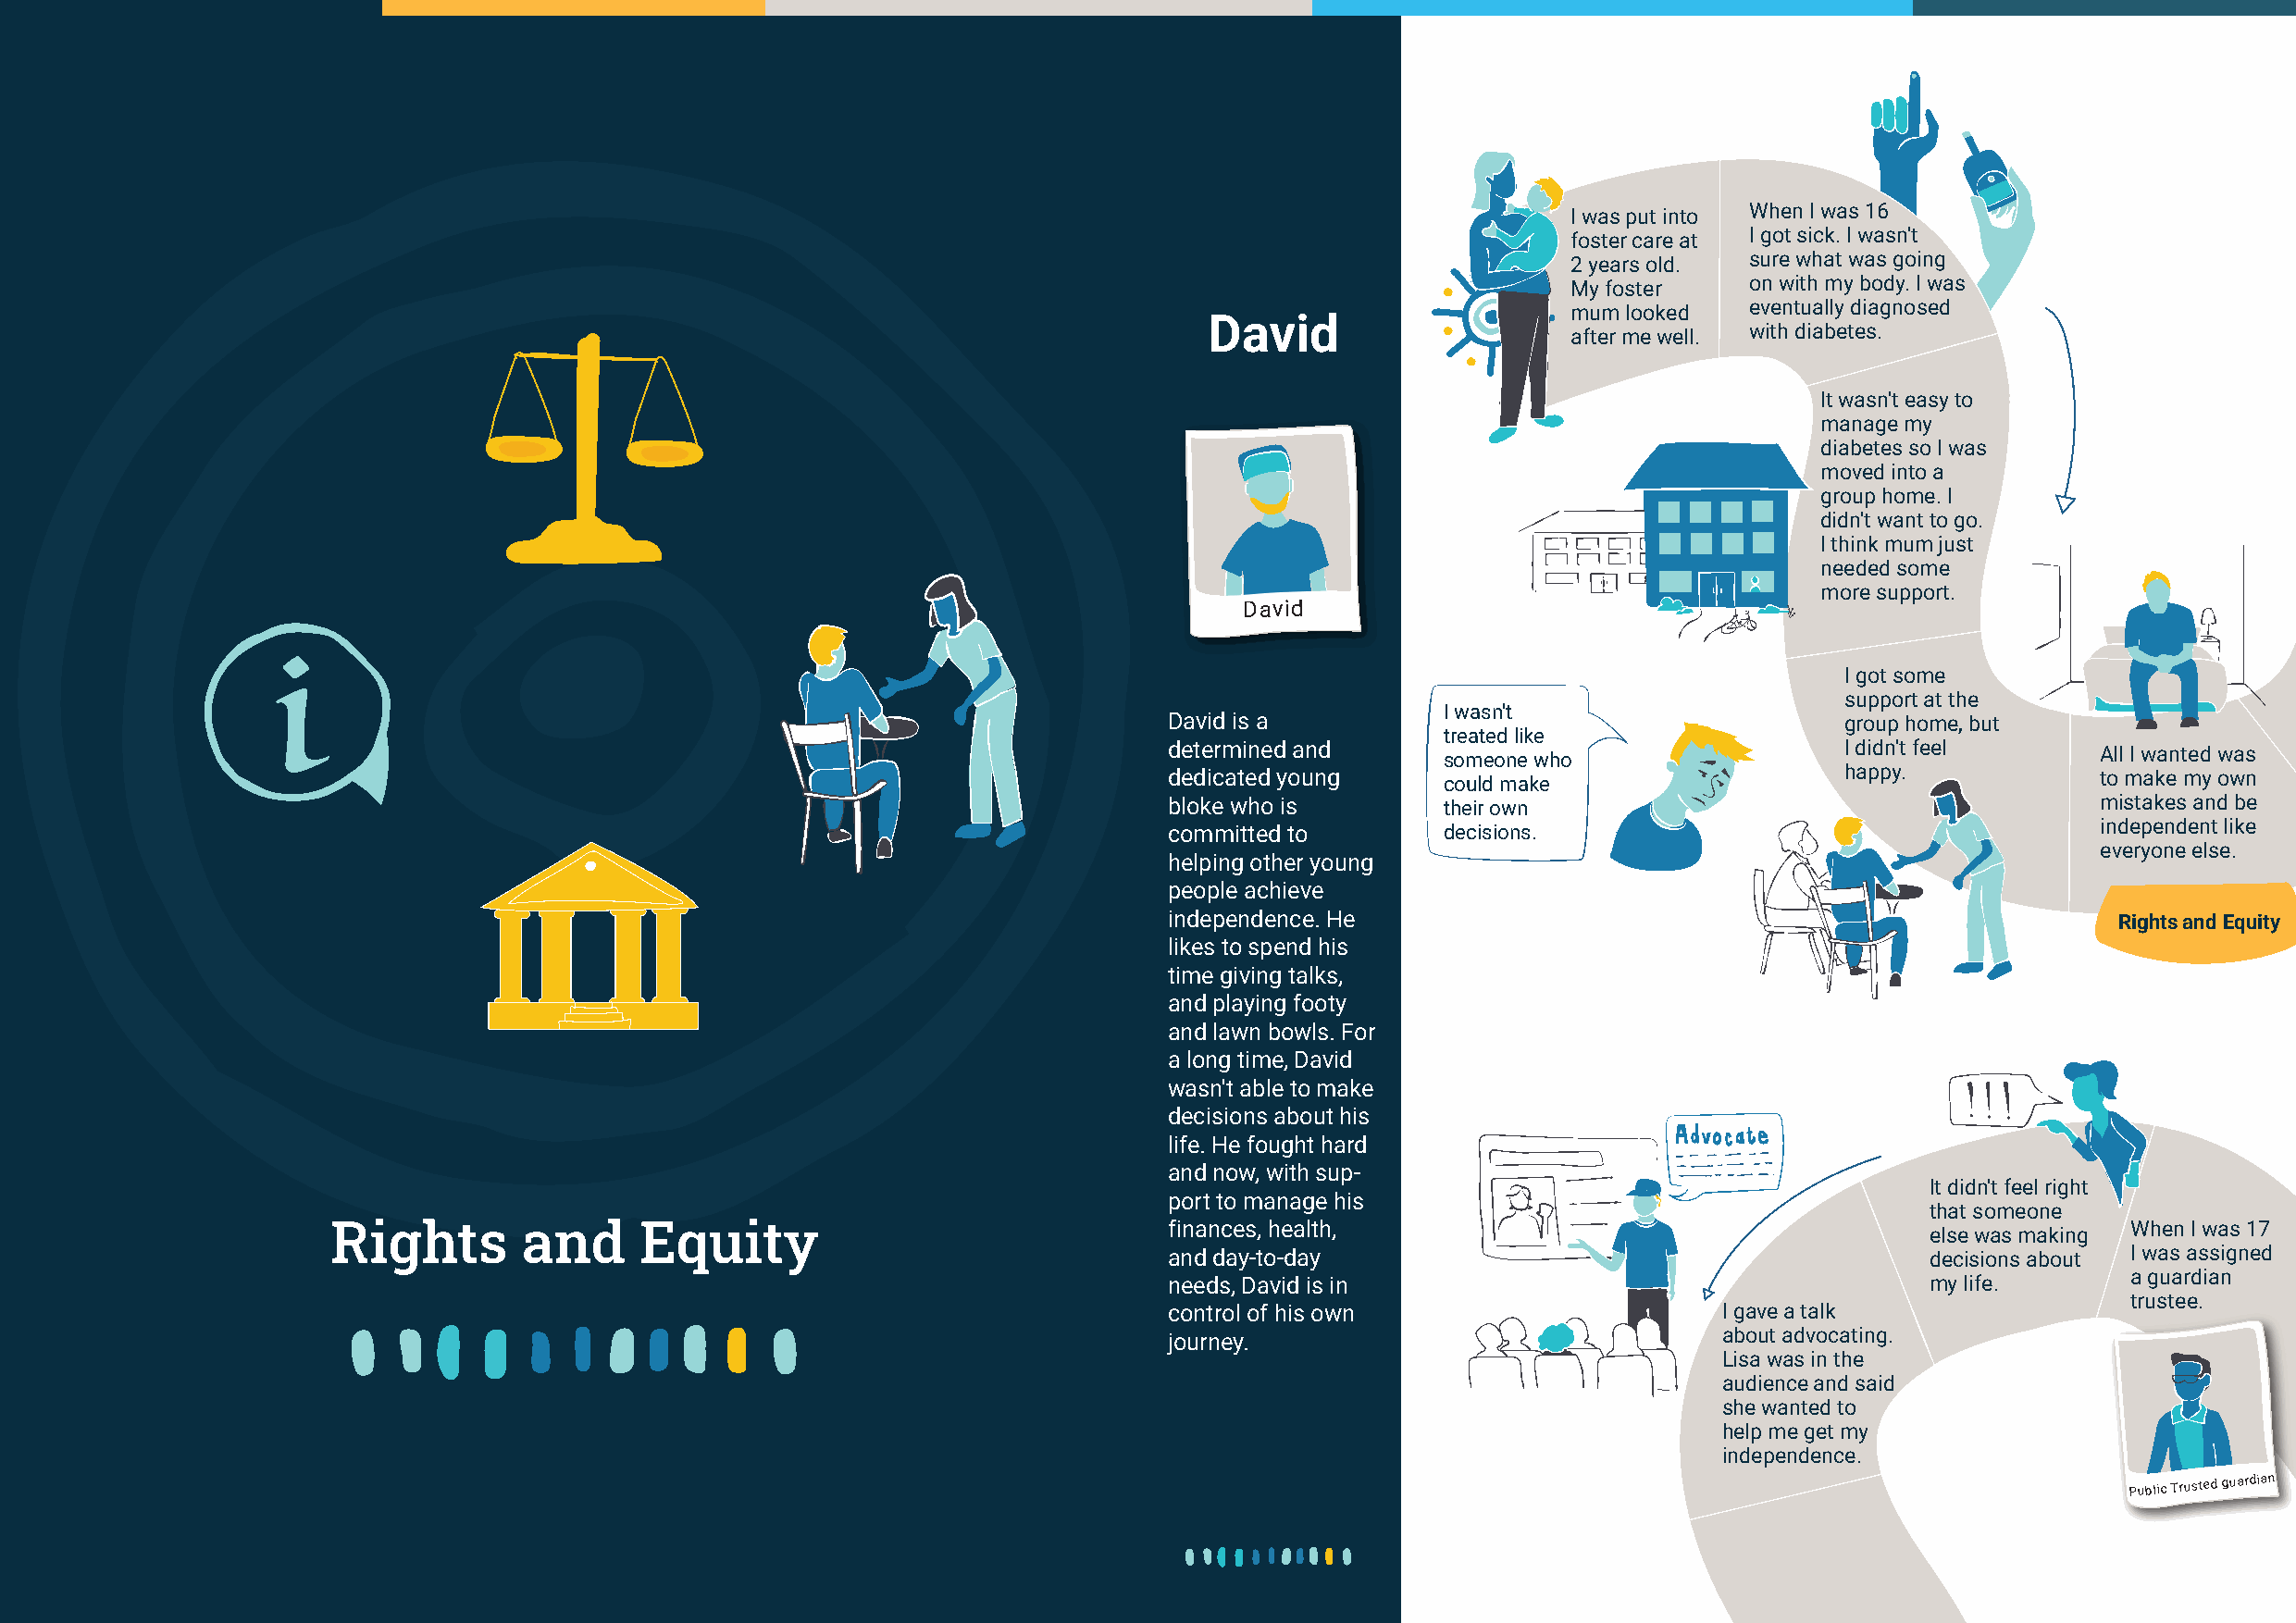
62                                                                                                                                                      63
 A Western Australia for Everyone | State Disability Strategy 2020 - 2030                                     A Western Australia for Everyone | State Disability Strategy 2020 - 2030
 I was put into When I was 16
 foster care at I got sick. I wasn't
 2 years old. sure what was going
 My foster    on with my body. I was
 mum looked   eventually diagnosed
 David
 after me well. with diabetes.
 It wasn't easy to
 manage my
 diabetes so I was
 moved into a
 group home. I
 didn't want to go.
 I think mum just
 needed some
 more support.
 David
 I got some
 support at the
 I wasn't
 David is a                                      group home, but
 treated like
 determined and                                  I didn't feel     All I wanted was
 someone who
 dedicated young                                 happy.            to make my own
 could make
 bloke who is       their own                                      mistakes and be
 independent like
 committed to       decisions.
 everyone else.
 helping other young
 people achieve
 independence. He                                                    Rights and Equity
 likes to spend his
 time giving talks,
 and playing footy
 and lawn bowls. For
 a long time, David
 wasn't able to make
 decisions about his
 life. He fought hard
 and now, with sup-
 It didn't feel right
 port to manage his
 that someone
 Rights       and      Equity                                finances, health,                                                   When I was 17
 else was making
 and day-to-day                                        decisions about I was assigned
 a guardian
 needs, David is in                                    my life.
 trustee.
 control of his own                     I gave a talk
 about advocating.
 journey.
 Lisa was in the
 audience and said
 she wanted to
 help me get my
 independence.
 Public Trusted guardian